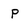
Character: p